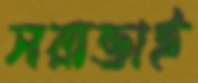
সরাভাই